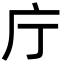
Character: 庁